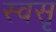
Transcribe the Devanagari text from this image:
स्वसृ